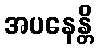
အပနေန္တိ